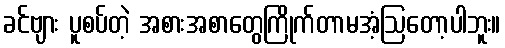
ခင်ဗျား ပူစပ်တဲ့ အစားအစာတွေကြိုက်တာမအံ့ဩတော့ပါဘူး။